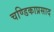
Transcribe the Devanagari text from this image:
चण्डिकाप्रसाद